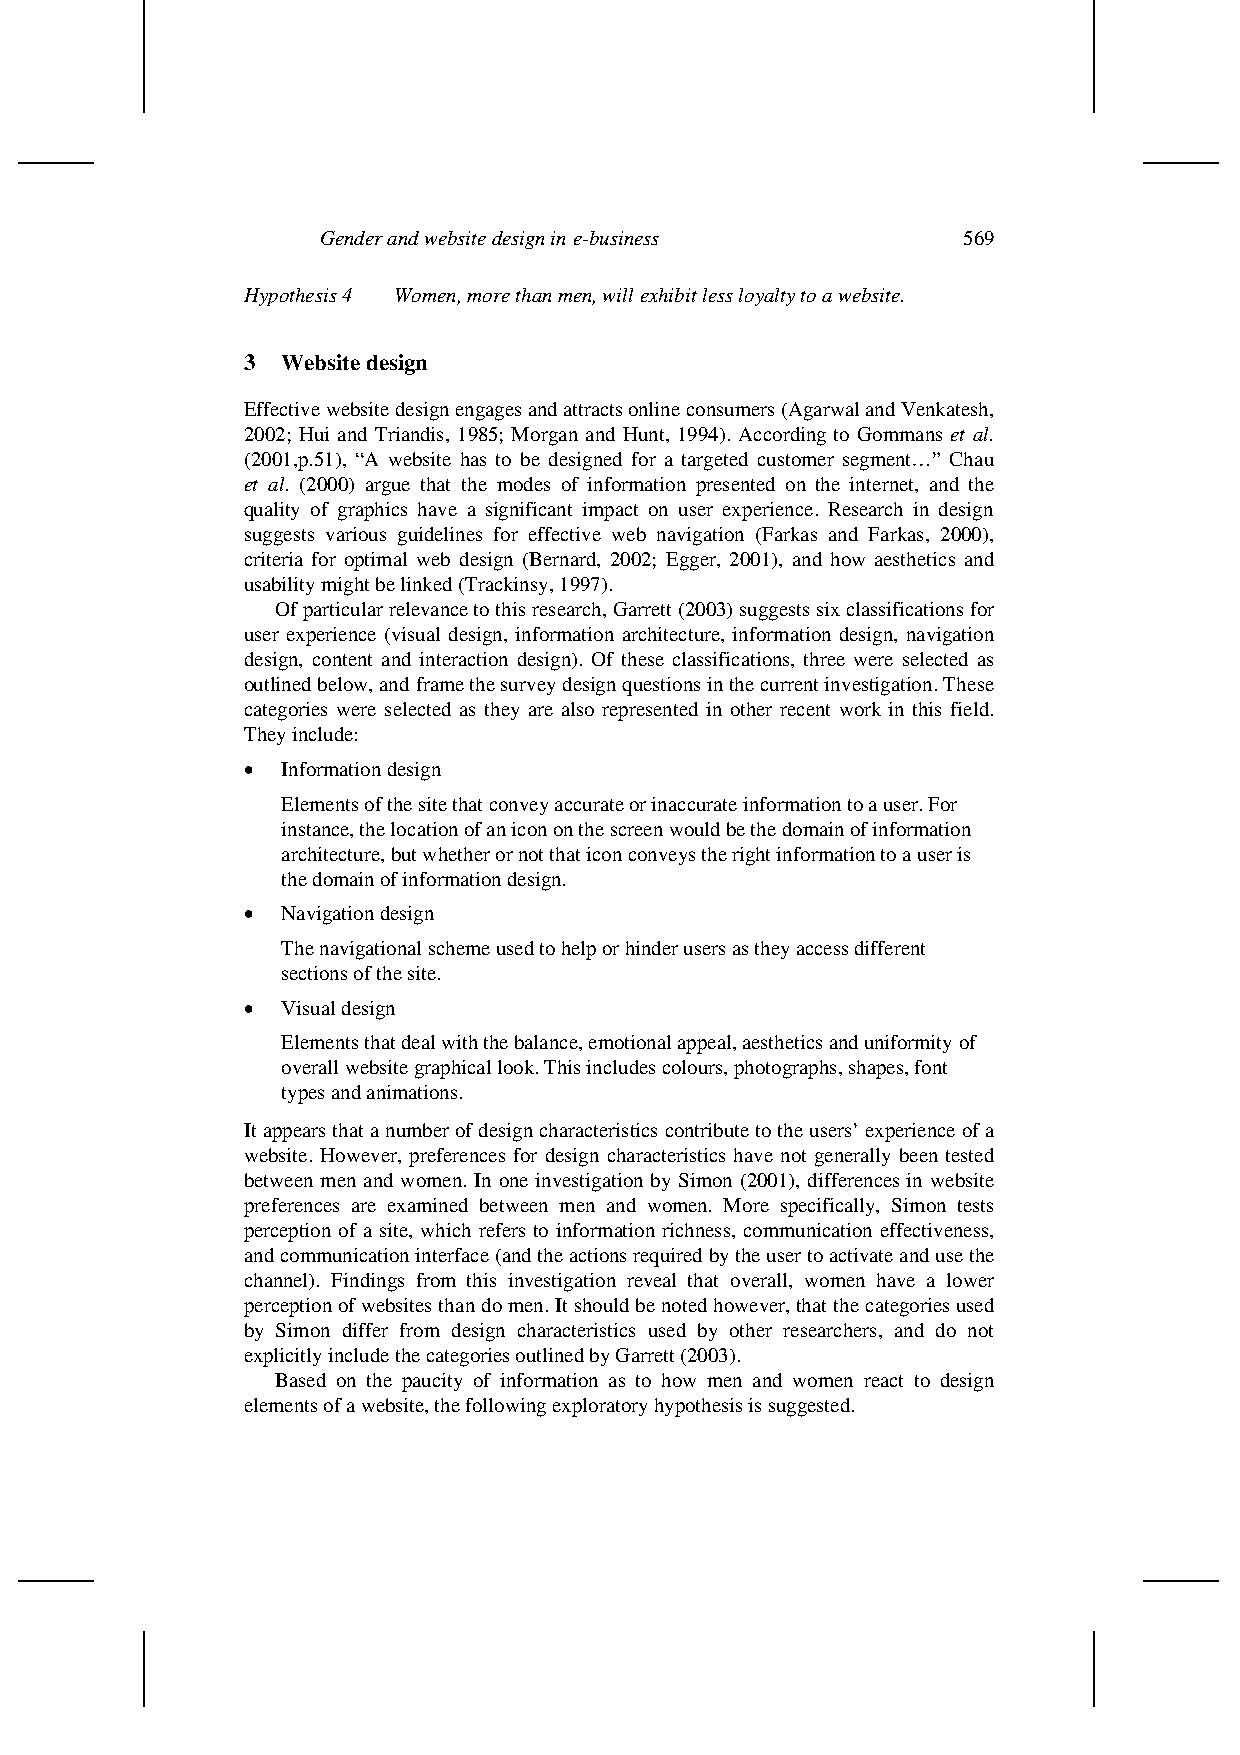
Gender and website design in e-business    569
 Hypothesis 4 Women, more than men, will exhibit less loyalty to a website.
 3  Website design
 Effective website design engages and attracts online consumers (Agarwal and Venkatesh,
 2002; Hui and Triandis, 1985; Morgan and Hunt, 1994). According to Gommans et al.
 (2001,p.51), “A website has to be designed for a targeted customer segment…” Chau
 et al. (2000) argue that the modes of information presented on the internet, and the
 quality of graphics have a significant impact on user experience. Research in design
 suggests various guidelines for effective web navigation (Farkas and Farkas, 2000),
 criteria for optimal web design (Bernard, 2002; Egger, 2001), and how aesthetics and
 usability might be linked (Trackinsy, 1997).
 Of particular relevance to this research, Garrett (2003) suggests six classifications for
 user experience (visual design, information architecture, information design, navigation
 design, content and interaction design). Of these classifications, three were selected as
 outlined below, and frame the survey design questions in the current investigation. These
 categories were selected as they are also represented in other recent work in this field.
 They include:
 •  Information design
 Elements of the site that convey accurate or inaccurate information to a user. For
 instance, the location of an icon on the screen would be the domain of information
 architecture, but whether or not that icon conveys the right information to a user is
 the domain of information design.
 •  Navigation design
 The navigational scheme used to help or hinder users as they access different
 sections of the site.
 •  Visual design
 Elements that deal with the balance, emotional appeal, aesthetics and uniformity of
 overall website graphical look. This includes colours, photographs, shapes, font
 types and animations.
 It appears that a number of design characteristics contribute to the users’ experience of a
 website. However, preferences for design characteristics have not generally been tested
 between men and women. In one investigation by Simon (2001), differences in website
 preferences are examined between men and women. More specifically, Simon tests
 perception of a site, which refers to information richness, communication effectiveness,
 and communication interface (and the actions required by the user to activate and use the
 channel). Findings from this investigation reveal that overall, women have a lower
 perception of websites than do men. It should be noted however, that the categories used
 by Simon differ from design characteristics used by other researchers, and do not
 explicitly include the categories outlined by Garrett (2003).
 Based on the paucity of information as to how men and women react to design
 elements of a website, the following exploratory hypothesis is suggested.